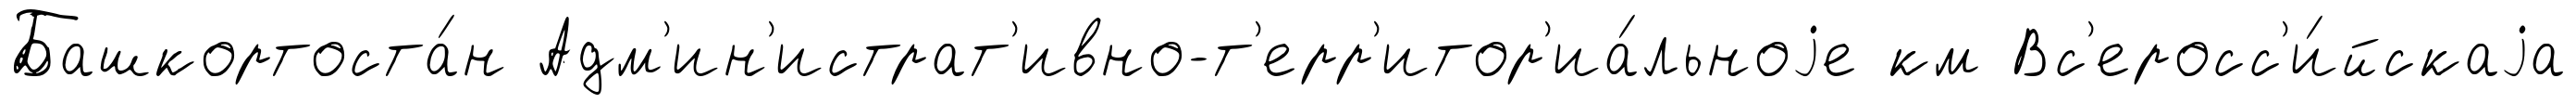
Башкортоста́н Адм'ин'истрат'ивно-т'ерр'итор'иа́льноjе км Вс'еросс'и́йскаjа